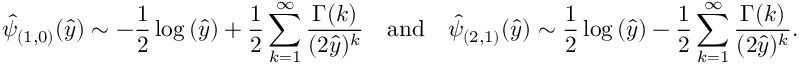
\hat { \psi } _ { ( 1 , 0 ) } ( \hat { y } ) \sim - \frac { 1 } { 2 } \log { ( \hat { y } ) } + \frac { 1 } { 2 } \sum _ { k = 1 } ^ { \infty } \frac { \Gamma { ( k ) } } { ( 2 \hat { y } ) ^ { k } } \quad \mathrm { a n d } \quad \hat { \psi } _ { ( 2 , 1 ) } ( \hat { y } ) \sim \frac { 1 } { 2 } \log { ( \hat { y } ) } - \frac { 1 } { 2 } \sum _ { k = 1 } ^ { \infty } \frac { \Gamma { ( k ) } } { ( 2 \hat { y } ) ^ { k } } .